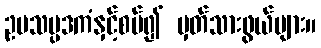
ဥပသမ္ပဒကံနှင့်စပ်၍ မှတ်သားဖွယ်များ။